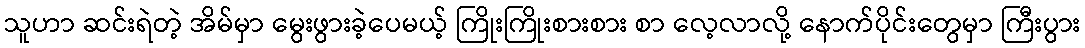
သူဟာ ဆင်းရဲတဲ့ အိမ်မှာ မွေးဖွားခဲ့ပေမယ့် ကြိုးကြိုးစားစား စာ လေ့လာလို့ နောက်ပိုင်းတွေမှာ ကြီးပွား